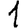
Digit: 1